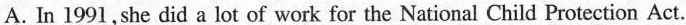
A. In 1991,she did a lot of work for the National Child Protection Act.